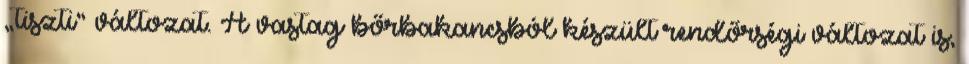
„tiszti” változat. A vastag bőrbakancsból készült rendőrségi változat is,